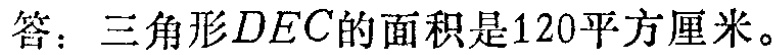
答：三角形\(DEC\)的面积是\(120\)平方厘米。